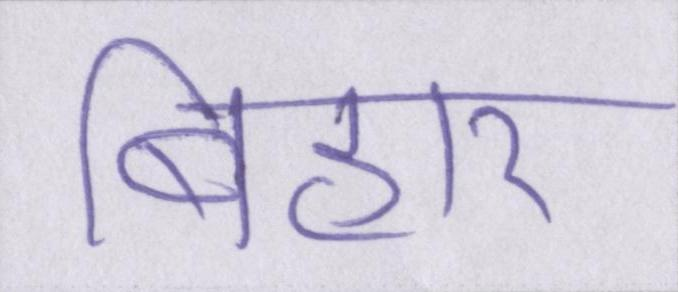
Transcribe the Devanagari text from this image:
बिहार